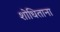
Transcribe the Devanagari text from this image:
शोधिताना